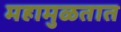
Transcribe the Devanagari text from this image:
महामुळतात